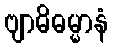
ဗျာဓိဓမ္မာနံ